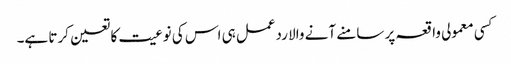
کسی معمولی واقعہ پر سامنے آنے والا ردعمل ہی اس کی نوعیت کا تعین کرتا ہے۔